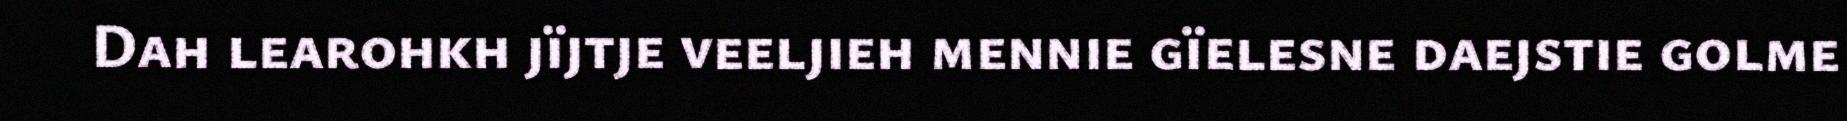
Dah learohkh jïjtje veeljieh mennie gïelesne daejstie golme